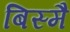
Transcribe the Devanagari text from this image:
बिस्मै